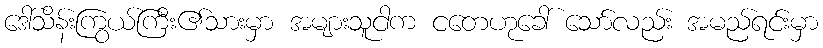
ဒေါ်သိန်းကြွယ်ကြီး၏သားမှာ အများသူငါက ငတေဟုခေါ် သော်လည်း အမည်ရင်းမှာ